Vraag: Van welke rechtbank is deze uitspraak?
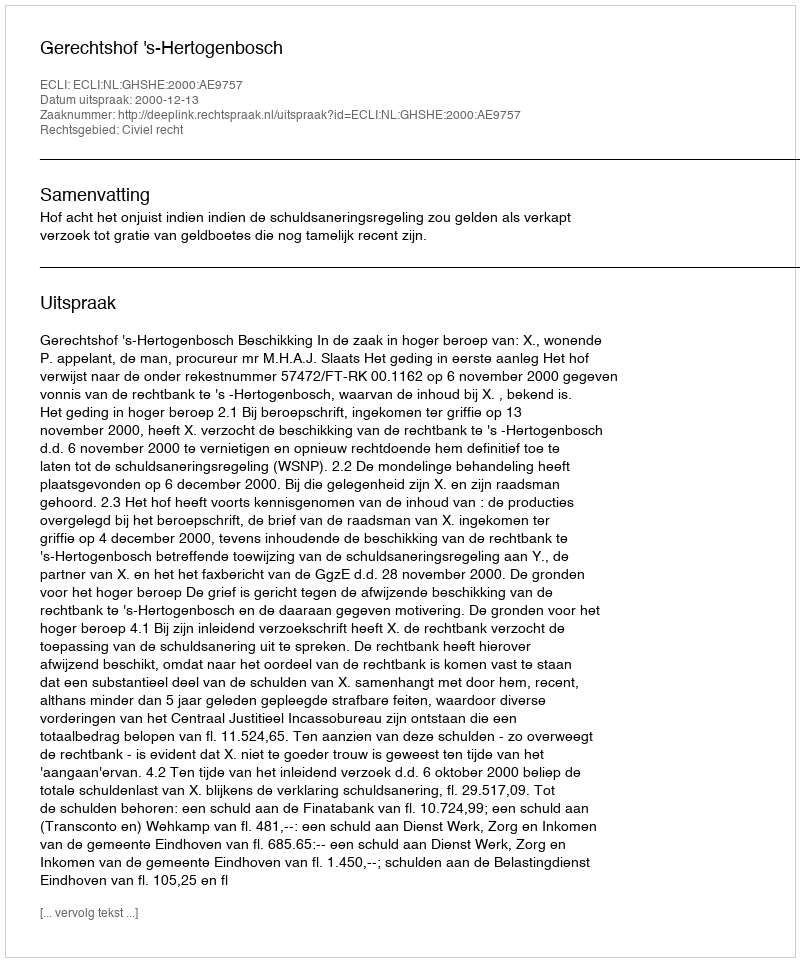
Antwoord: Gerechtshof 's-Hertogenbosch